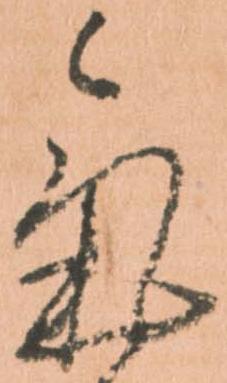
気